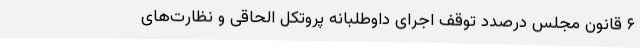
۶ قانون مجلس درصدد توقف اجرای داوطلبانه پروتکل الحاقی و نظارت‌های